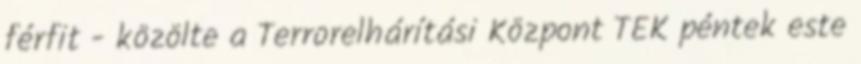
férfit - közölte a Terrorelhárítási Központ TEK péntek este